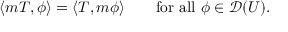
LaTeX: \langle m T , \phi \rangle = \langle T , m \phi \rangle \qquad { \mathrm { f o r ~ a l l ~ } } \phi \in { \mathcal { D } } ( U ) .